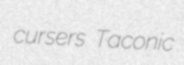
cursers Taconic